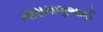
નારાયણભાઈ